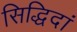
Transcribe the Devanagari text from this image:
सिद्धिदां